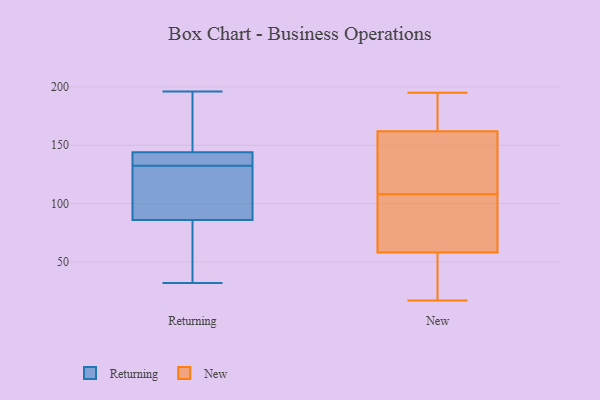
{"axis": {"x": "Gross Profit (USD K)", "y": "Value"}, "legend": ["New", "Returning"], "data": [{"x": "", "y": 124, "type": "Returning"}, {"x": "", "y": 39, "type": "Returning"}, {"x": "", "y": 145, "type": "Returning"}, {"x": "", "y": 143, "type": "Returning"}, {"x": "", "y": 148, "type": "Returning"}, {"x": "", "y": 69, "type": "Returning"}, {"x": "", "y": 141, "type": "Returning"}, {"x": "", "y": 141, "type": "Returning"}, {"x": "", "y": 196, "type": "Returning"}, {"x": "", "y": 102, "type": "Returning"}, {"x": "", "y": 86, "type": "Returning"}, {"x": "", "y": 144, "type": "Returning"}, {"x": "", "y": 169, "type": "Returning"}, {"x": "", "y": 87, "type": "Returning"}, {"x": "", "y": 32, "type": "Returning"}, {"x": "", "y": 106, "type": "Returning"}, {"x": "", "y": 32, "type": "Returning"}, {"x": "", "y": 142, "type": "Returning"}, {"x": "", "y": 105, "type": "New"}, {"x": "", "y": 161, "type": "New"}, {"x": "", "y": 39, "type": "New"}, {"x": "", "y": 54, "type": "New"}, {"x": "", "y": 188, "type": "New"}, {"x": "", "y": 120, "type": "New"}, {"x": "", "y": 146, "type": "New"}, {"x": "", "y": 163, "type": "New"}, {"x": "", "y": 90, "type": "New"}, {"x": "", "y": 50, "type": "New"}, {"x": "", "y": 17, "type": "New"}, {"x": "", "y": 111, "type": "New"}, {"x": "", "y": 195, "type": "New"}, {"x": "", "y": 151, "type": "New"}, {"x": "", "y": 65, "type": "New"}, {"x": "", "y": 180, "type": "New"}, {"x": "", "y": 62, "type": "New"}, {"x": "", "y": 41, "type": "New"}, {"x": "", "y": 86, "type": "New"}, {"x": "", "y": 182, "type": "New"}]}